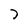
Character: 7